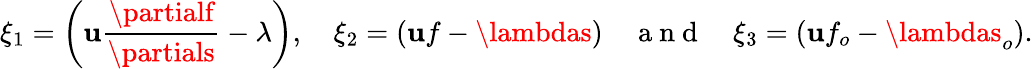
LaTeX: \xi_{1}=\left(\mathbf{u}\frac{{\partialf}}{{\partials}}-\lambda\right),\quad\xi_{2}=(\mathbf{u}f-\lambdas)\quad\mathrm{{~a~n~d~}}\quad\xi_{3}=(\mathbf{u}f_{o}-\lambdas_{o}).